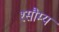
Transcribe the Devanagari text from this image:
१सौम्य